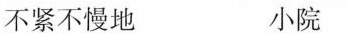
不紧不慢地 小院